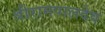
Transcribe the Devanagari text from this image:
श्रीरामपालदेव